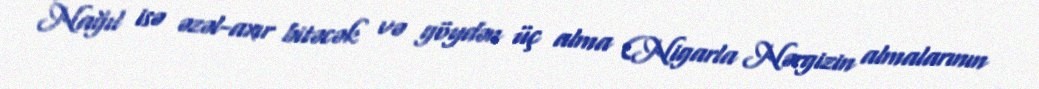
Nağıl isə əzəl-axır bitəcək və göydən üç alma (Nigarla Nərgizin almalarının